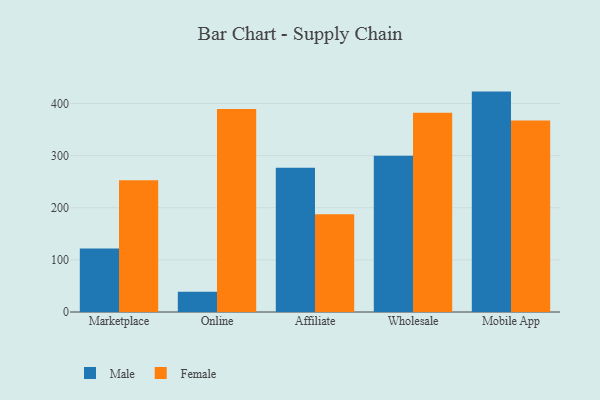
{"axis": {"x": "Channel", "y": "Production Output"}, "legend": ["Female", "Male"], "data": [{"x": "Marketplace", "y": 121.9, "type": "Male"}, {"x": "Marketplace", "y": 252.7, "type": "Female"}, {"x": "Online", "y": 39.0, "type": "Male"}, {"x": "Online", "y": 389.5, "type": "Female"}, {"x": "Affiliate", "y": 276.6, "type": "Male"}, {"x": "Affiliate", "y": 187.6, "type": "Female"}, {"x": "Wholesale", "y": 299.7, "type": "Male"}, {"x": "Wholesale", "y": 382.4, "type": "Female"}, {"x": "Mobile App", "y": 422.8, "type": "Male"}, {"x": "Mobile App", "y": 367.2, "type": "Female"}]}